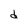
Character: d